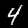
Label: 4